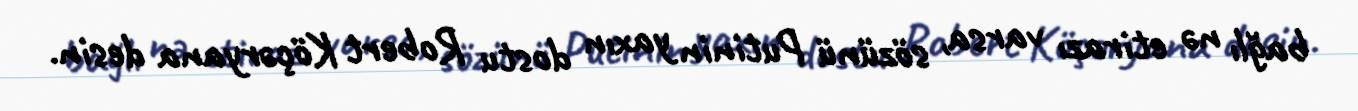
bağlı nə etirazı varsa, sözünü Putinin yaxın dostu Robert Köçəryana desin.